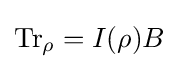
{\text{Tr}}_{\rho }=I(\rho )B